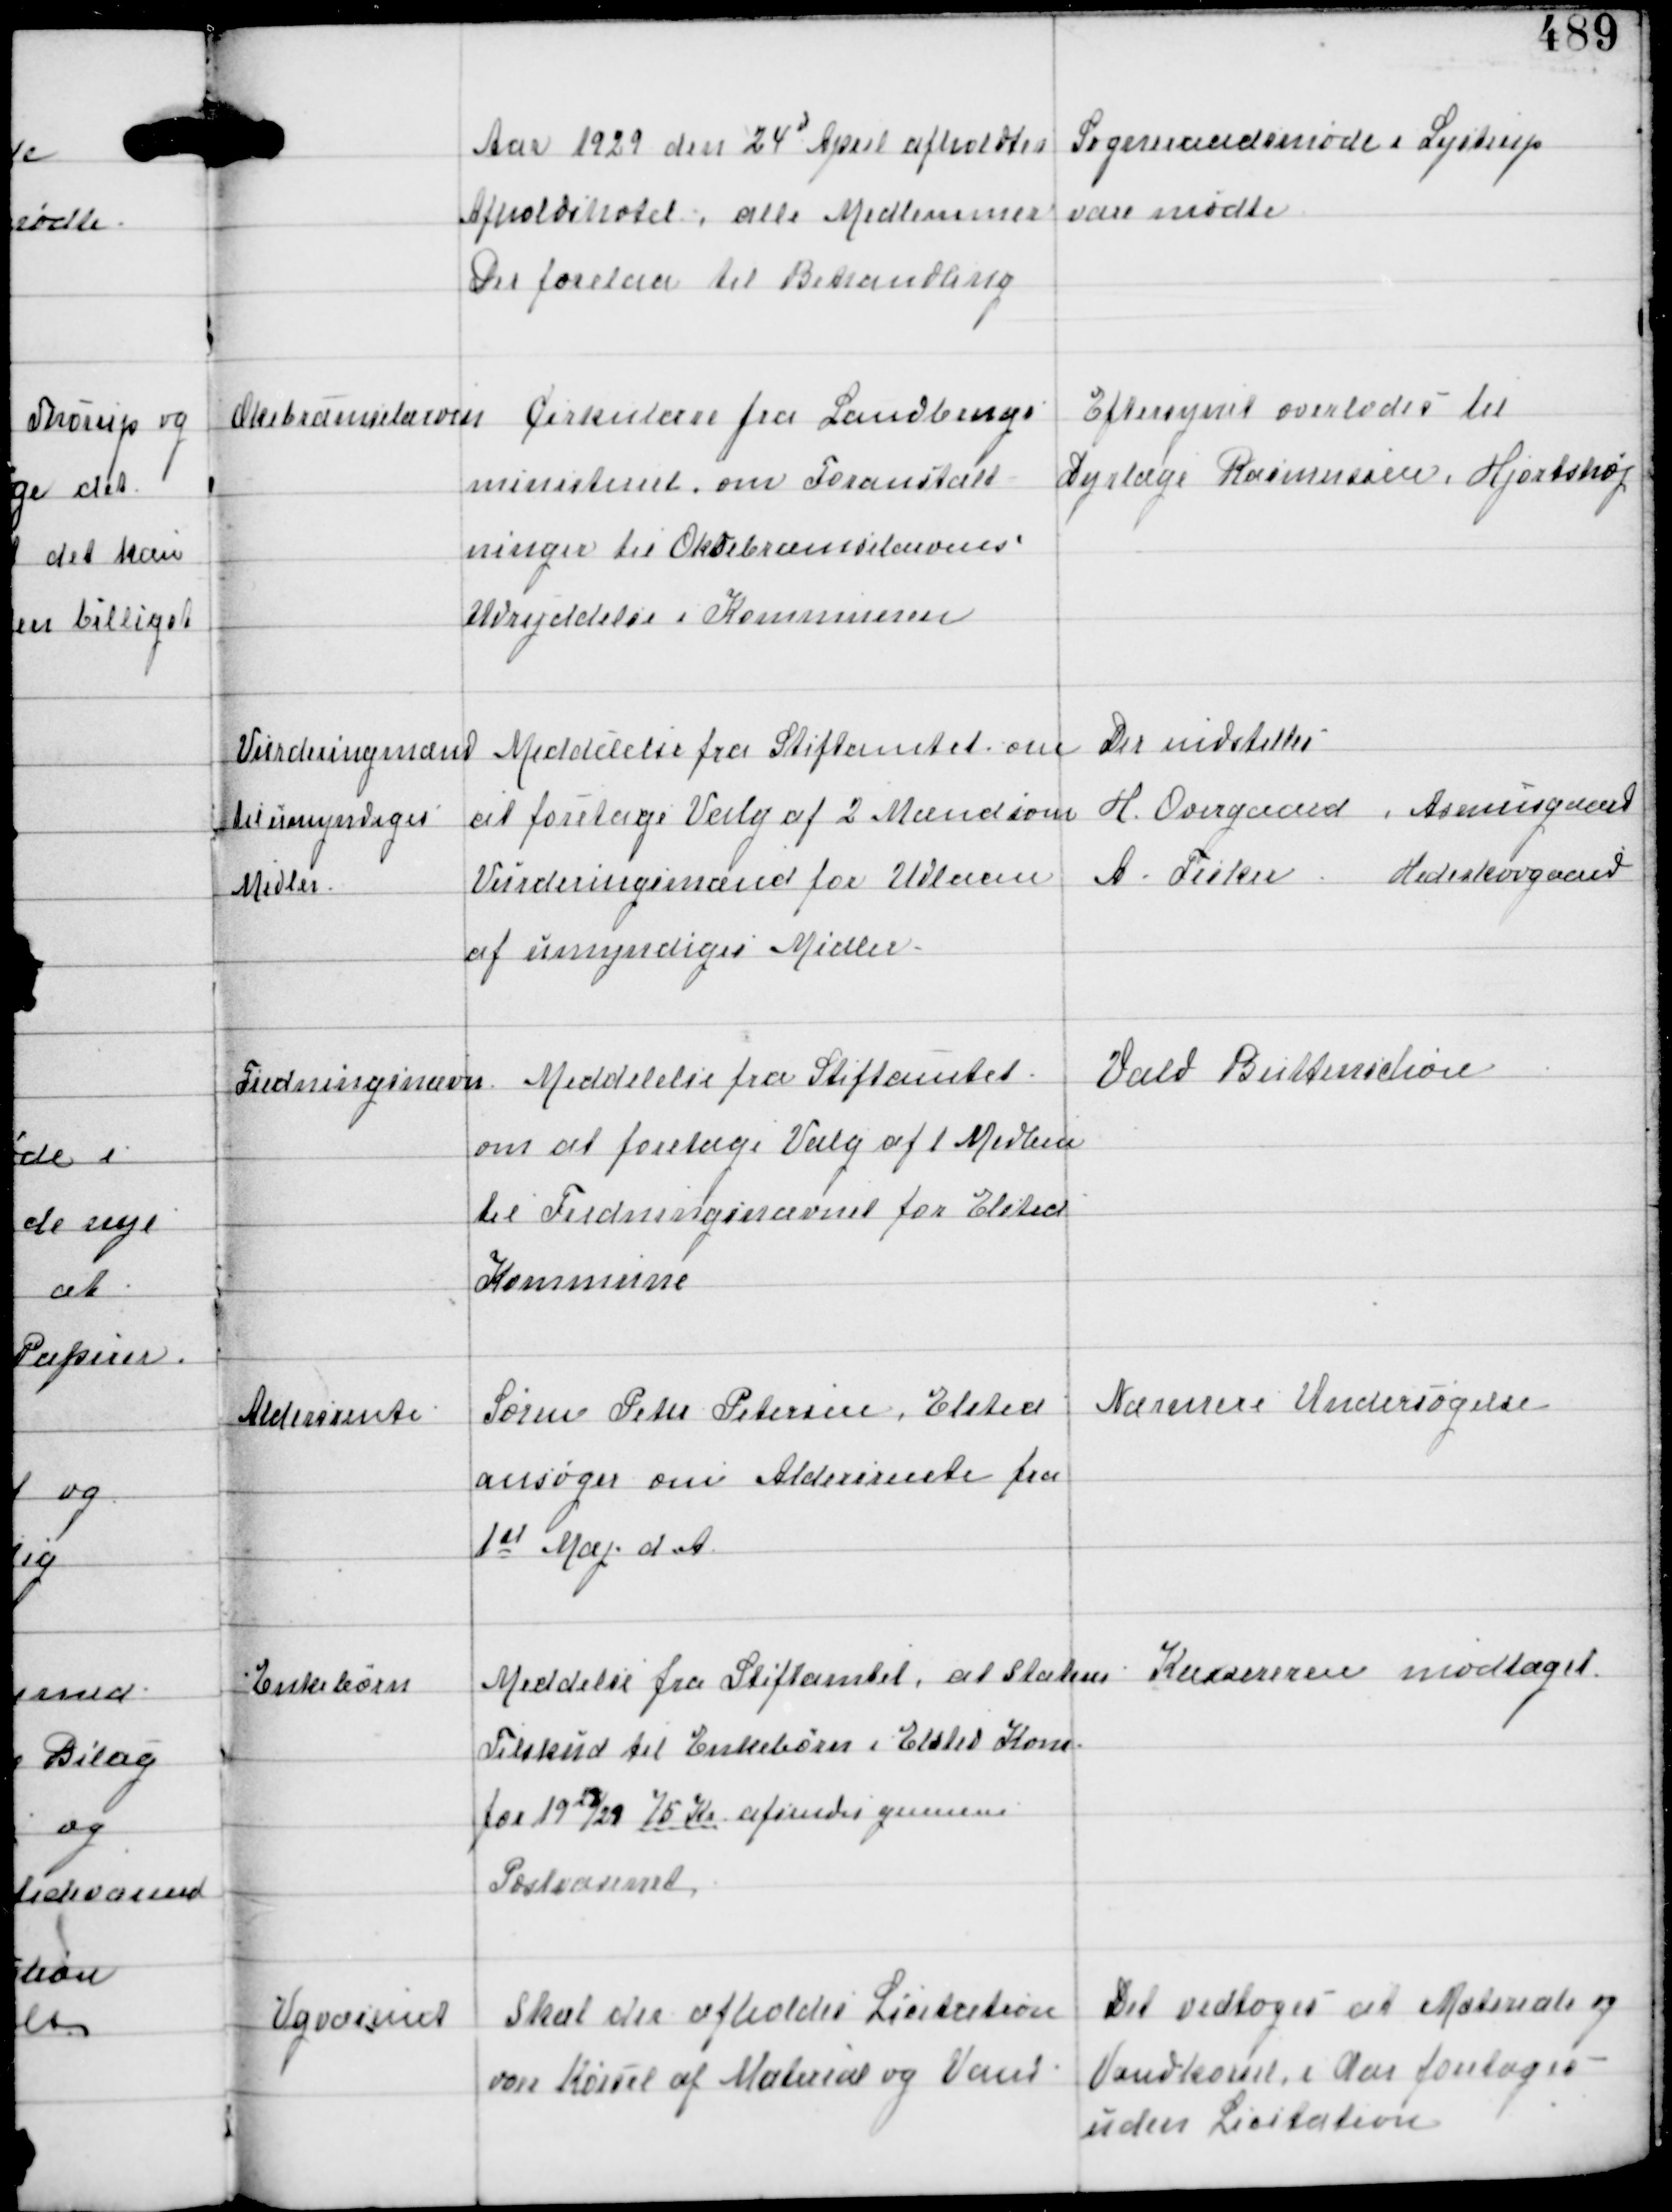
Transskription:
Aar 1929 den 24d April afholdtes Sogneraadsmøde i Lystrup
Afholdshotel, alle Medlemmer vare mødte
Der forelaa til Behandling

Oksbræmselarven

Cirkulære fra Landbrugs
ministeriet om Foranstalt-
ninger til Oksebræmselarvens
Udryddelse i Kommunen

Eftersynet overlodes til
Dyrlæge Rasmussen, Hjortshøj

Vurderingsmænd
til umyndiges
Midler

Meddelelse fra Stiftamtet om
at foretage Valg af 2 Mænd som
Vurderingsmænd for Udlaan
af umyndiges Midler.

Der indstilles
H Overgaard, Asmusgaard
A Fisker, Hedeskovgaard

Fredningsnævn

Meddelelse fra Stiftamtet
om at foretage Valg af 1 Medlem
til Fredningsnævnet for Elsted
Kommune

Vald Buttenschøn

Alderrente

Søren Peter Petersen, Elsted
ansøger om Aldersrente fra
1st Maj d.A.

Nærmere Undersøgelse

Enkebørn

Meddelse fra Stiftamtet, at Statens
Tilskud til Enkebørn i Elsted Kom.
for 1928/29 75 Kr afsendes gennem
Postvæsenet

Kassereren modtaget

Vejvæsenet

Skal der afholdes Licitation
over Kørsel af Material og Vand

Det vedtoges at Materiale og
Vandkørsel i Aar foretages
uden Licitation